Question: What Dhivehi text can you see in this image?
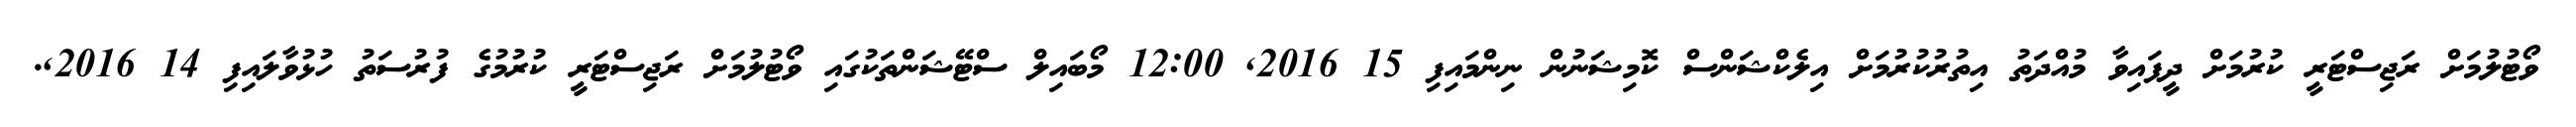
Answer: ވޯޓުލުމަށް ރަޖިސްޓަރީ ކުރުމަށް ދީފައިވާ މުއްދަތު އިތުރުކުރުމަށް އިލެކްޝަންސް ކޮމިޝަނުން ނިންމައިފި 15 2016, 12:00 މޯބައިލް ސްޓޭޝަންތަކުގައި ވޯޓުލުމަށް ރަޖިސްޓަރީ ކުރުމުގެ ފުރުސަތު ހުޅުވާލައިފި 14 2016,.